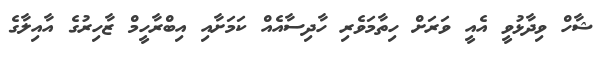
ޝާހް ވިދާޅުވީ އެއީ ވަރަށް ހިތާމަވެރި ހާދިސާއެއް ކަމަށާއި އިބްރާހީމް ޒާހިރުގެ އާއިލާގެ